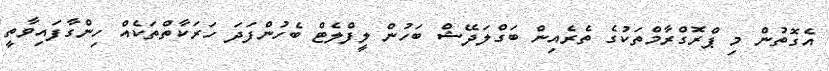
އެގޮތުން މި ޕްރޮގްރާމްތަކުގެ ތެރެއިން ބަގްލަދޭޝް ބަހުން ލީފްލެޓް ބެހުންފަދަ ހަރަކާތްތަކެއް ހިންގާފައިވާތީ